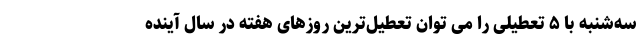
سه‌شنبه با ۵ تعطیلی را می توان تعطیل‌ترین روزهای هفته در سال آینده